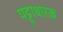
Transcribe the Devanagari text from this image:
पट्टाधारक